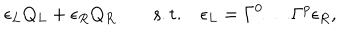
\epsilon _ { L } Q _ { L } + \epsilon _ { R } Q _ { R } \qquad \mathrm { s . t . } \quad \epsilon _ { L } = \Gamma ^ { 0 } \ldots \Gamma ^ { p } \epsilon _ { R } ,